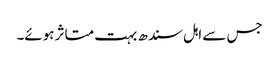
جس سے اہل سندھ بہت متاثر ہوئے۔